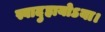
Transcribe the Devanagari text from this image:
स्वादुहायोऽया।